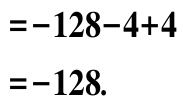
\(=-128 - 4 + 4\\=-128.\)